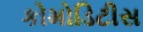
કોમોડિટીસ